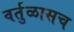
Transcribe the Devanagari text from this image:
वर्तुळासच